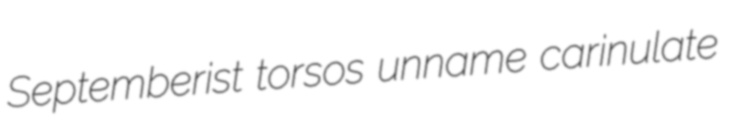
Septemberist torsos unname carinulate